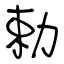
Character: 勅